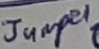
Text: Jumper